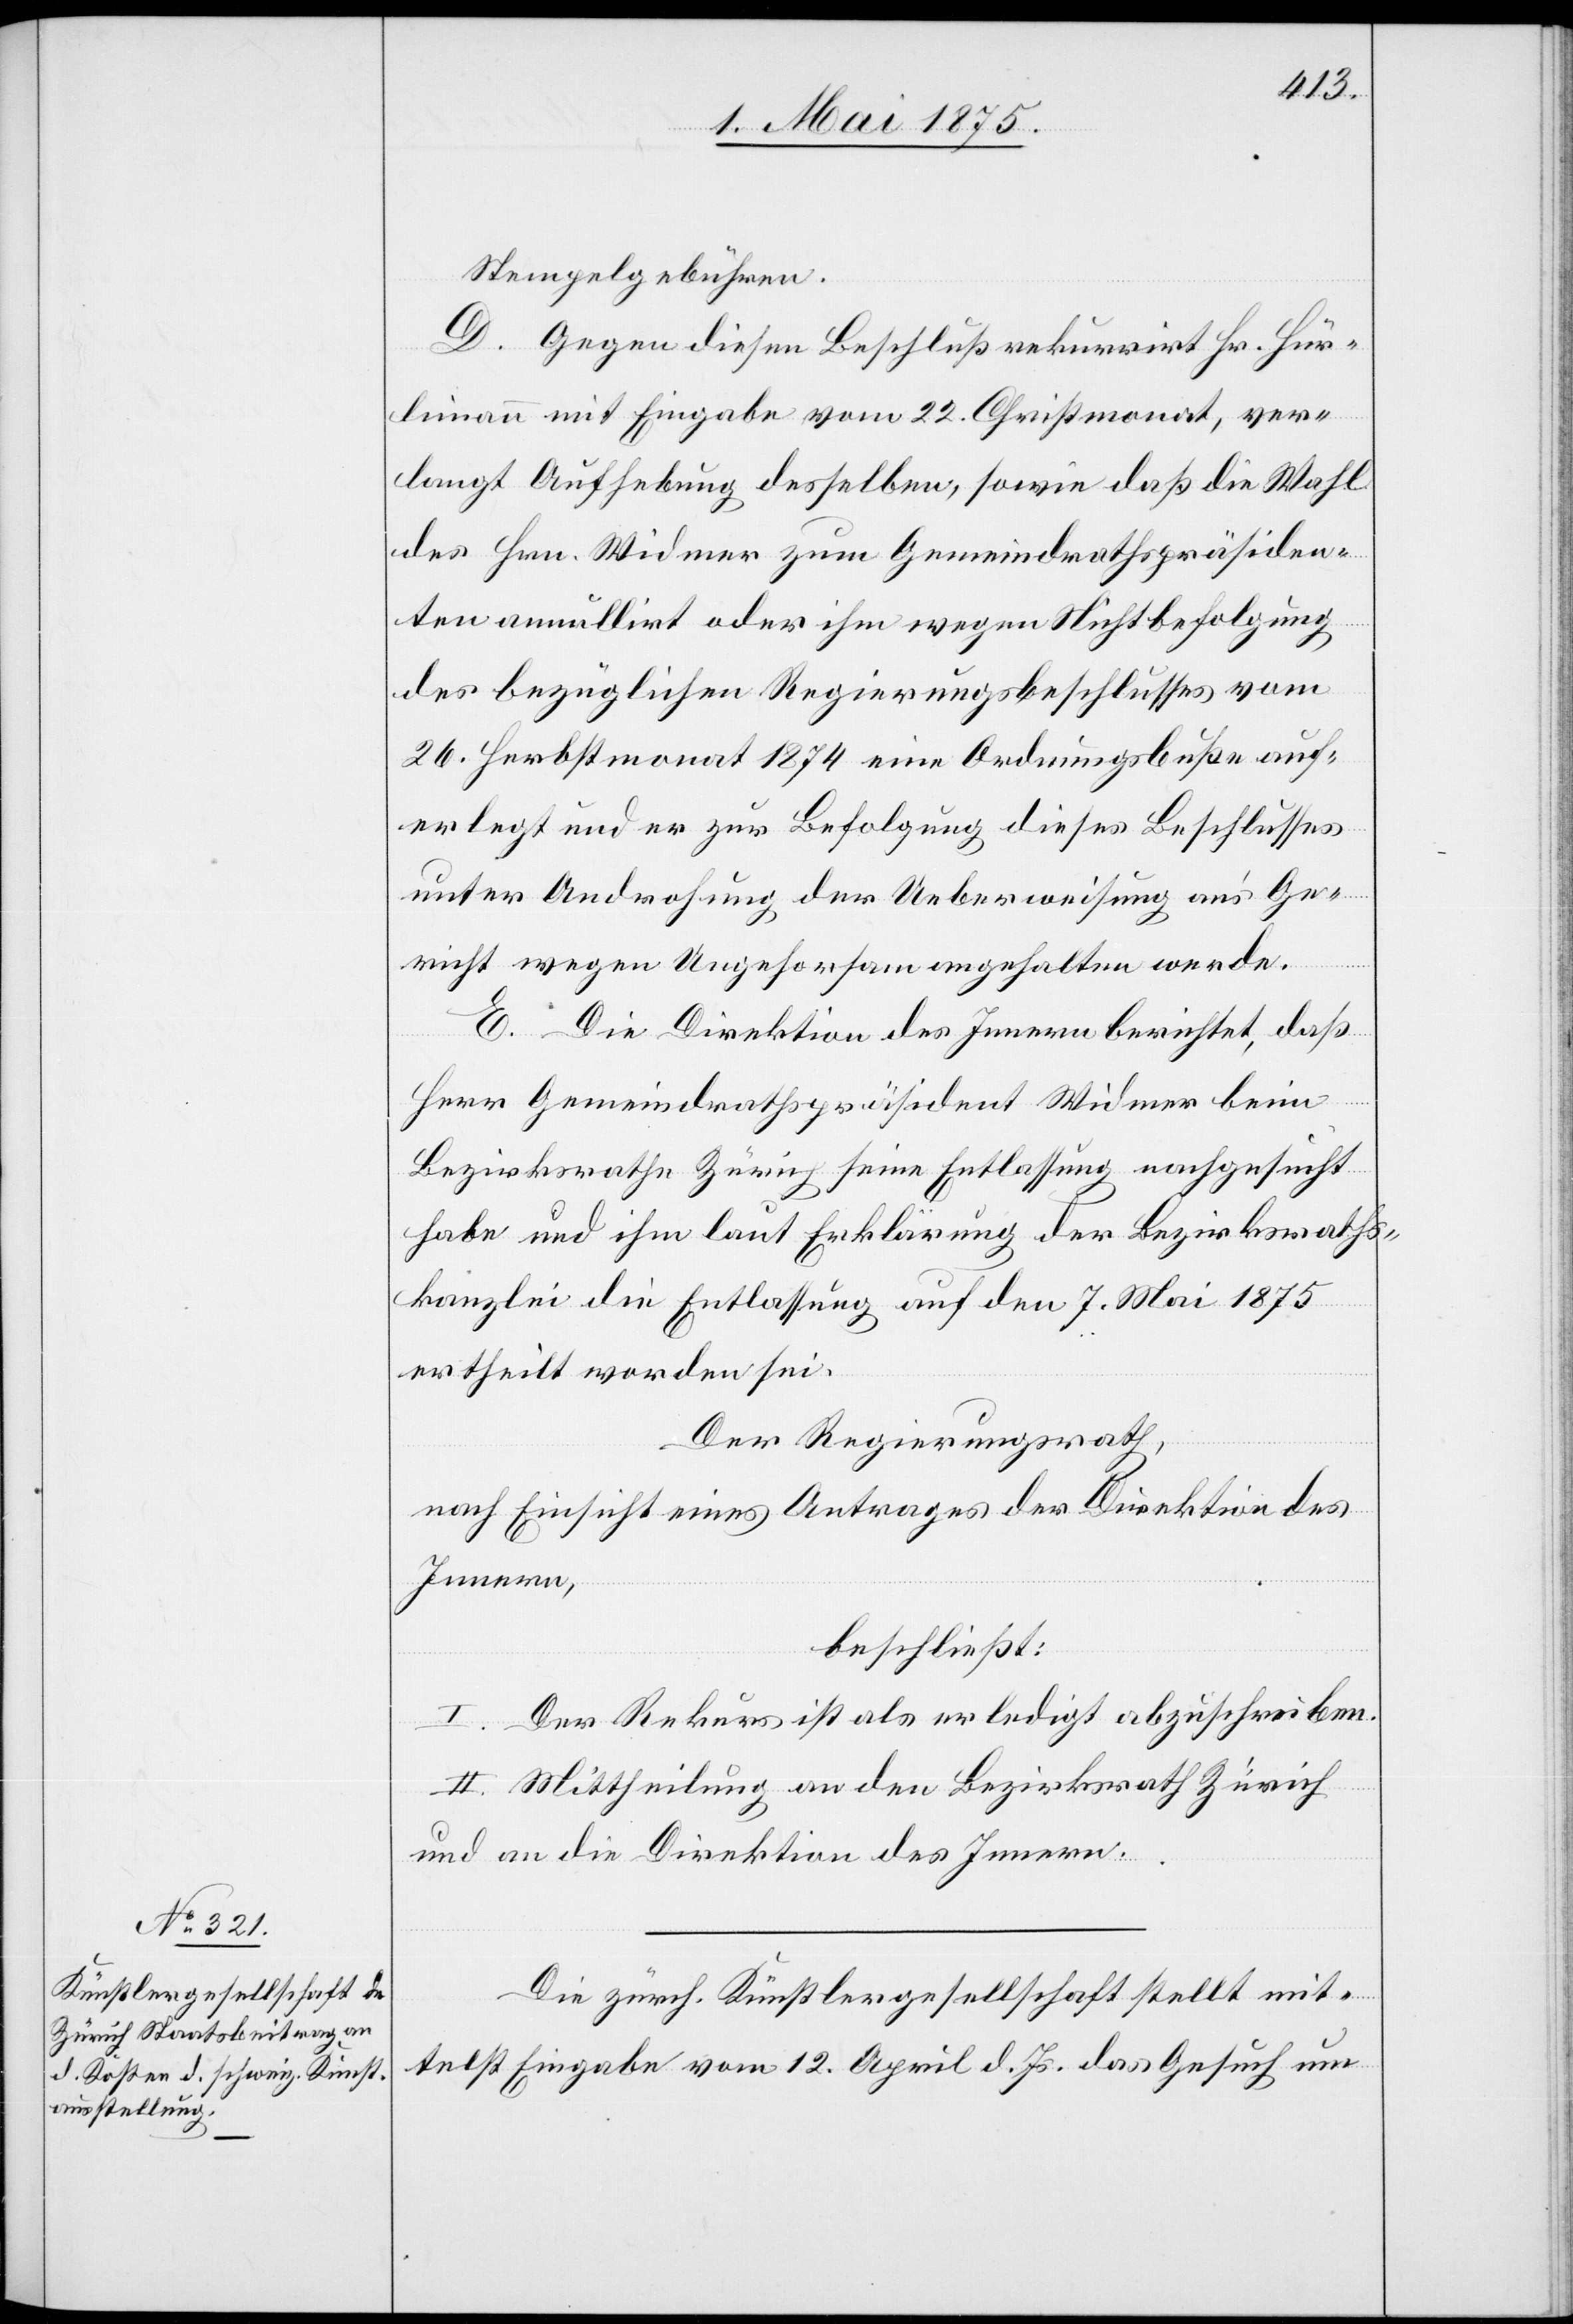
Stempelgebühren.
D. Gegen diesen Beschluß rekurrirt Hr. Hür¬
limann mit Eingabe vom 22 Christmonat, ver¬
langt Aufhebung desselben, sowie daß die Wahl
des Hrn. Widmer zum Gemeindrathspräsiden¬
ten annullirt oder ihm wegen Nichtbefolgung
des bezüglichen Regierungsbeschlusses vom
26. Herbstmonat 1874 eine Ordnungsbuße auf¬
erlegt und er zur Befolgung dieses Beschlusses
unter Androhung der Ueberweisung an’s Ge¬
richt wegen Ungehorsam angehalten werde.
E. Die Direktion des Innern berichtet, daß
Herr Gemeindrathspräsident Widmer beim
Bezirksrathe Zürich seine Entlassung nachgesucht
habe und ihm laut Erklärung der Bezirkswahl¬
kanzlei die Entlassung auf den 7. Mai 1875
ertheilt worden sei.
Der Regierungsrath,
nach Einsicht eines Antrages der Direktion des
Innern,
beschließt:
I. Der Rekurs ist als erledigt abzuschreiben.
II. Mittheilung an den Bezirksrath Zürich
und an die Direktion des Innern.
Die zürch. Künstlergesellschaft stellt mit¬
telst Eingabe vom 12. April d. Js. das Gesuch um